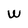
Character: W